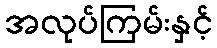
အလုပ်ကြမ်းနှင့်